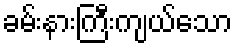
ခမ်းနားကြီးကျယ်သော